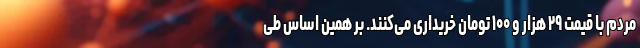
مردم با قیمت ۲۹ هزار و ۱۰۰ تومان خریداری می‌کنند. بر همین‌ اساس طی